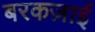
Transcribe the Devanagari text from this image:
बरकज़ाई